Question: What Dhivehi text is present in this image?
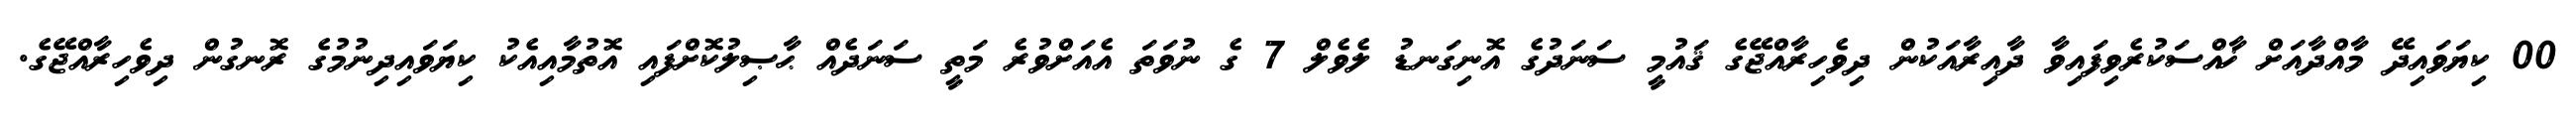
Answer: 00 ކިޔަވައިދޭ މާއްދާއަށް ޚާއްސަކުރެވިފައިވާ ދާއިރާއަކުން ދިވެހިރާއްޖޭގެ ޤައުމީ ސަނަދުގެ އޮނިގަނޑު ލެވެލް 7 ގެ ނުވަތަ އެއަށްވުރެ މަތީ ސަނަދެއް ޙާޞިލުކޮށްފައި އޮތުމާއިއެކު ކިޔަވައިދިނުމުގެ ރޮނގުން ދިވެހިރާއްޖޭގެ.